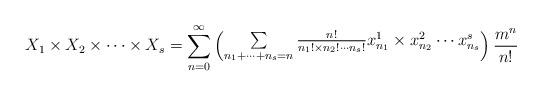
LaTeX: \begin{align*} X_1\times X_2\times\cdots\times X_s=\sum\limits_{n=0}^{\infty}\begin{pmatrix}\sum\limits_{n_1+\cdots+n_s= n}\frac{n!}{n_1!\times n_2!\cdots n_s!}x_{n_1}^{1}\times x_{n_2}^{2}\cdots x_{n_s}^{s}\end{pmatrix}\frac{m^n}{n!}\end{align*}